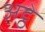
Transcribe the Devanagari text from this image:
अट्ठे